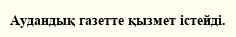
Аудандық газетте қызмет істейді.